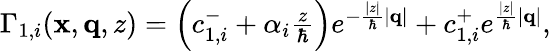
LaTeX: \begin{array}{r}{\Gamma_{1,i}(\mathbf{x},\mathbf{q},z)=\left(c_{1,i}^{-}+\alpha_{i}\frac{z}{\hbar}\right)e^{-\frac{|z|}{\hbar}|\mathbf{q}|}+c_{1,i}^{+}e^{\frac{|z|}{\hbar}|\mathbf{q}|},}\end{array}